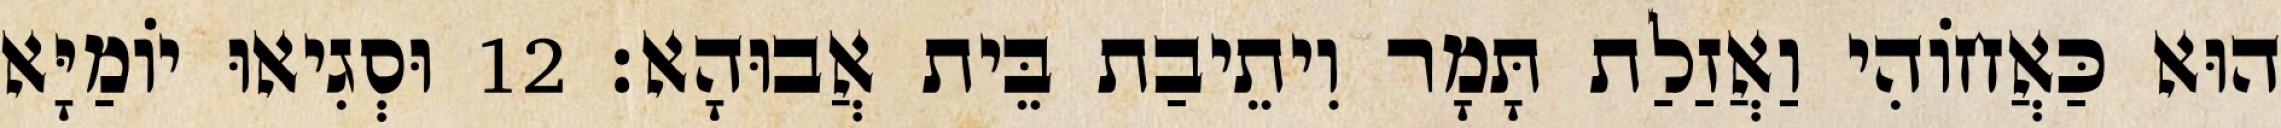
הוּא כַּאֲחוֹהִי וַאֲזַלַת תָּמָר וִיתֵיבַת בֵּית אֲבוּהָא׃ 12 וּסְגִיאוּ יוֹמַיָּא